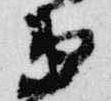
衛